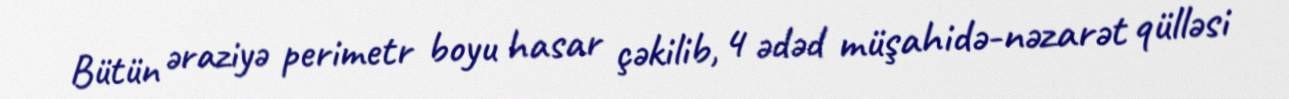
Bütün əraziyə perimetr boyu hasar çəkilib, 4 ədəd müşahidə-nəzarət qülləsi